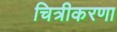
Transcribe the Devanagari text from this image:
चित्रीकरणा